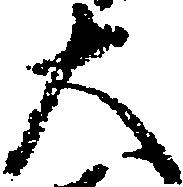
大